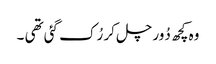
وہ کچھ دُور چل کر رُک گئی تھی ۔